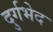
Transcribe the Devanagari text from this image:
दुर्गभेद